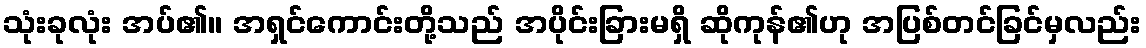
သုံးခုလုံး အပ်၏။ အရှင်ကောင်းတို့သည် အပိုင်းခြားမရှိ ဆိုကုန်၏ဟု အပြစ်တင်ခြင်မှလည်း